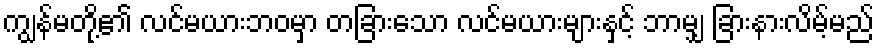
ကျွန်မတို့၏ လင်မယားဘဝမှာ တခြားသော လင်မယားများနှင့် ဘာမျှ ခြားနားလိမ့်မည်